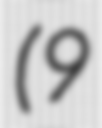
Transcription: (9